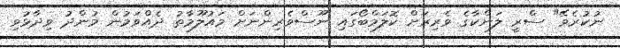
ނުކުރެވޭ" ސްރީ ލަންކާގެ ވެރިރަށް ކޮލަމްބޯގައި ނޫސްވެރިންނަށް މައުލޫމާތު ދެއްވަމުން މުންދު ވިދާޅުވި